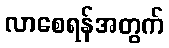
လာစေရန်အတွက်